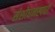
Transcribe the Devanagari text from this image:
संशोधनस्पर्धा